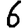
Digit: 6